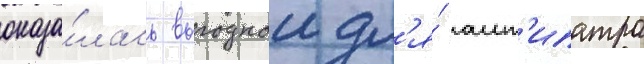
оказа́лась выгоднои дл'я́ ант'ипатра